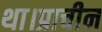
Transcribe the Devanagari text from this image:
था।प्राचीन